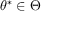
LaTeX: \theta ^ { * } \in \Theta